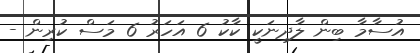
އުސާމާ ބިން ލާދިނަކީ ކާކު 6 އަހަރު 6 މަސް ކުރިން -